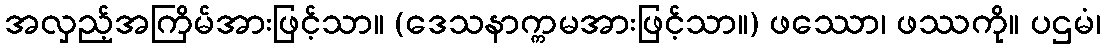
အလှည့်အကြိမ်အားဖြင့်သာ။ (ဒေသနာက္ကမအားဖြင့်သာ။) ဖဿော၊ ဖဿကို။ ပဌမံ၊